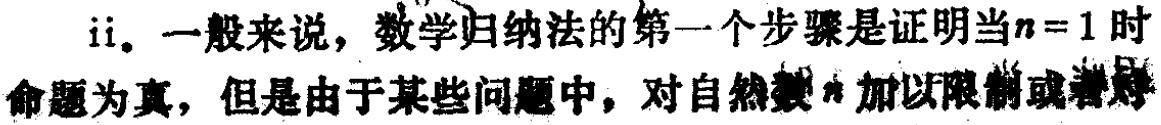
ii. 一般来说，数学归纳法的第一个步骤是证明当\(n = 1\)时命题为真，但是由于某些问题中，对自然数\(n\)加以限制或者对